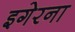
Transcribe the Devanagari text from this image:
इगेरना